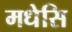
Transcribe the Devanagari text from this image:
मधेसि